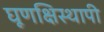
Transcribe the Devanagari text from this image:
घूणक्षिस्थापी